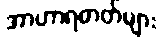
အာဟာရဓာတ်များ